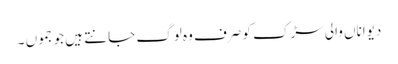
دیواناں والی سڑک کو صرف وہ لوگ جانتے ہیں جو جموں ۔